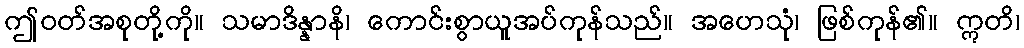
ဤဝတ်အစုတို့ကို။ သမာဒိန္နာနိ၊ ကောင်းစွာယူအပ်ကုန်သည်။ အဟေသုံ၊ ဖြစ်ကုန်၏။ ဣတိ၊